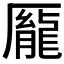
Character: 𫨢